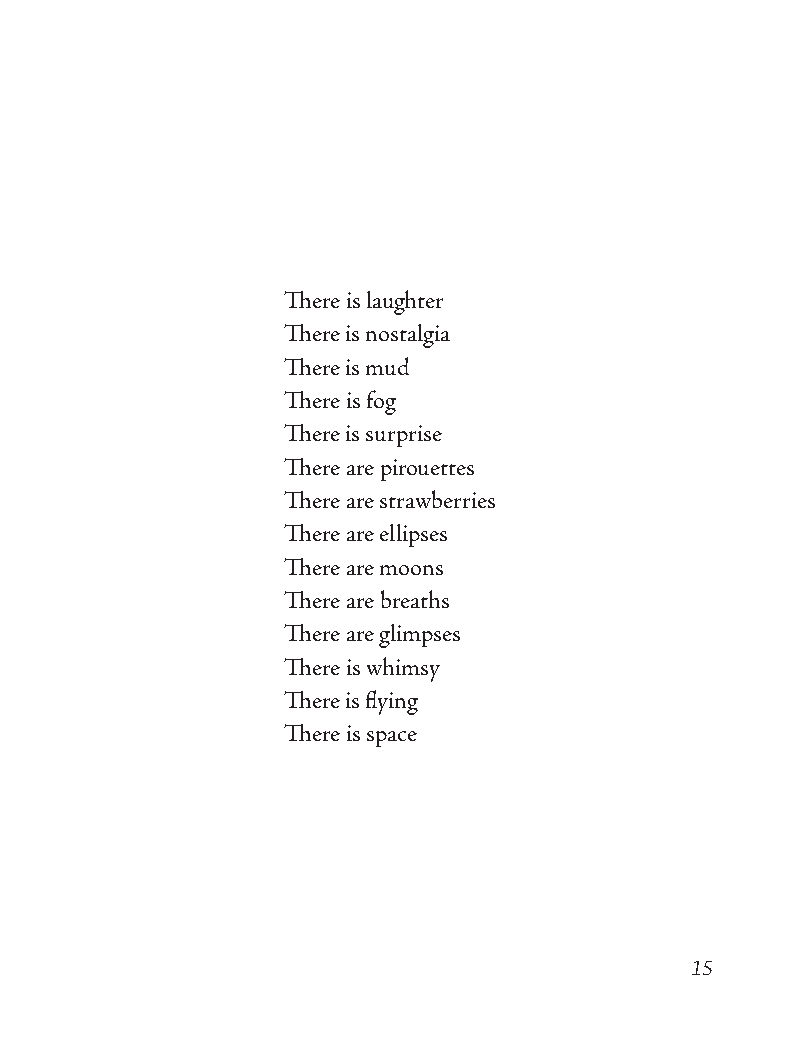
There is laughter
 There is nostalgia
 There is mud
 There is fog
 There is surprise
 There are pirouettes
 There are strawberries
 There are ellipses
 There are moons
 There are breaths
 There are glimpses
 There is whimsy
 There is flying
 There is space
 15